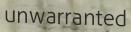
unwarranted